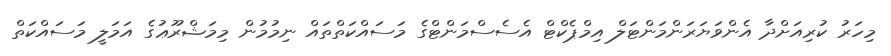
މިހަރު ކުރިއަށްދާ އެންވަޔަރަންމަންޓަލް އިމްޕެކްޓް އެސެސްމަންޓްގެ މަސައްކަތްތައް ނިމުމުން މިމަޝްރޫޢުގެ އަމަލީ މަސައްކަތް